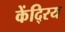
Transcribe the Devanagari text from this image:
केंदि्रय